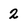
Character: 2